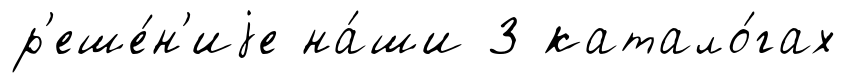
р'еше́н'иjе на́ши 3 катало́гах